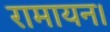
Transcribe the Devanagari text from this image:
रामायन।